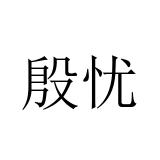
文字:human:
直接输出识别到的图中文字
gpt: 殷忧